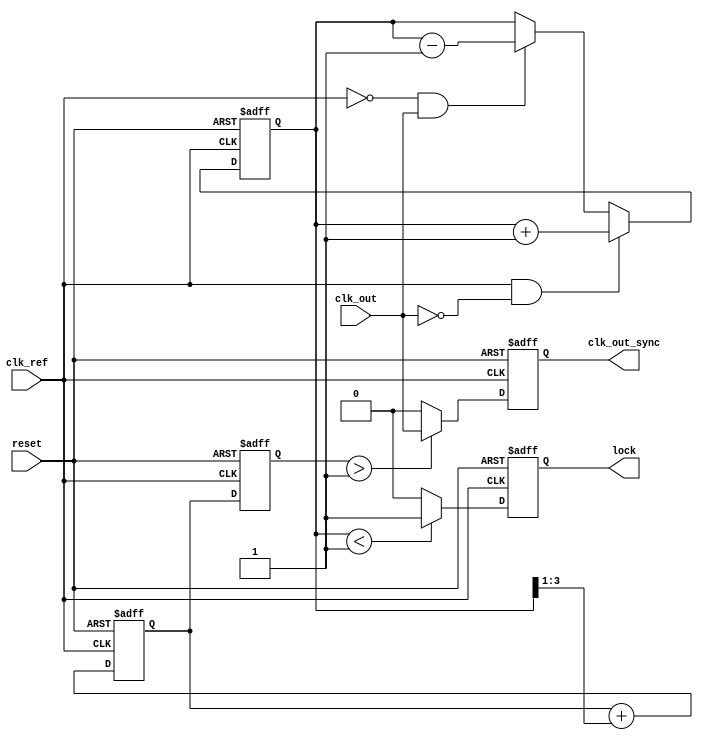
module memory_blocks_dpll (
    input wire clk_ref,          // Reference clock input
    input wire clk_out,          // Output clock signal
    input wire reset,            // Asynchronous reset
    output reg clk_out_sync,     // Synchronized output clock
    output reg lock              // Lock indicator
);

    // Parameters
    parameter PHASE_MEMORY_SIZE = 4; // Size of the phase memory
    parameter PHASE_ERROR_THRESHOLD = 1; // Lock threshold

    // Internal signals
    reg [3:0] phase_memory [0:PHASE_MEMORY_SIZE-1]; // Phase memory
    reg [3:0] phase_error;         // Phase error signal
    reg [3:0] control_signal;       // Control signal for the VCO
    reg [3:0] vco_output;           // VCO output
    reg [3:0] loop_filter;          // Loop filter output
    reg [3:0] phase_accumulator;    // Phase accumulator

    // Phase Detector
    always @(posedge clk_ref or posedge reset) begin
        if (reset) begin
            phase_error <= 0;
        end else begin
            // Simple phase detection logic (leading/lagging)
            if (clk_ref && !clk_out) begin
                phase_error <= phase_error + 1; // Increment phase error
            end else if (!clk_ref && clk_out) begin
                phase_error <= phase_error - 1; // Decrement phase error
            end
        end
    end

    // Loop Filter (Simple first-order filter)
    always @(posedge clk_ref or posedge reset) begin
        if (reset) begin
            loop_filter <= 0;
        end else begin
            // Simple low-pass filter
            loop_filter <= loop_filter + (phase_error >> 1);
        end
    end

    // VCO (Voltage-Controlled Oscillator)
    always @(posedge clk_ref or posedge reset) begin
        if (reset) begin
            vco_output <= 0;
        end else begin
            // Control VCO frequency based on loop filter output
            vco_output <= loop_filter; // Simplified frequency control
        end
    end

    // Memory Block for Phase Adjustments
    integer i;
    always @(posedge clk_ref or posedge reset) begin
        if (reset) begin
            for (i = 0; i < PHASE_MEMORY_SIZE; i = i + 1) begin
                phase_memory[i] <= 0;
            end
        end else begin
            // Store phase error in memory
            phase_memory[0] <= phase_error; // Store latest phase error
            for (i = 1; i < PHASE_MEMORY_SIZE; i = i + 1) begin
                phase_memory[i] <= phase_memory[i-1]; // Shift previous values
            end
        end
    end

    // Feedback and Lock Detection
    always @(posedge clk_ref or posedge reset) begin
        if (reset) begin
            clk_out_sync <= 0;
            lock <= 0;
        end else begin
            clk_out_sync <= (vco_output > PHASE_ERROR_THRESHOLD) ? clk_out : 0; // Output based on VCO
            // Lock detection
            if (phase_error < PHASE_ERROR_THRESHOLD) begin
                lock <= 1; // DPLL is locked
            end else begin
                lock <= 0; // Not locked
            end
        end
    end

endmodule